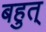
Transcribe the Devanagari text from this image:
बहुत्‌